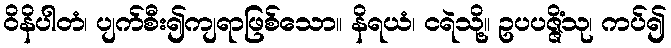
ဝိနိပါတံ၊ ပျက်စီး၍ကျရာဖြစ်သော။ နိရယံ၊ ငရဲသို့။ ဥပပဇ္ဇိံသု၊ ကပ်၍